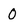
Character: 0